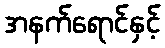
အနက်ရောင်နှင့်